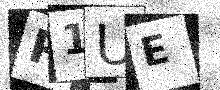
Text: P1UE